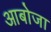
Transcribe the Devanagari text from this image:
आबोजा